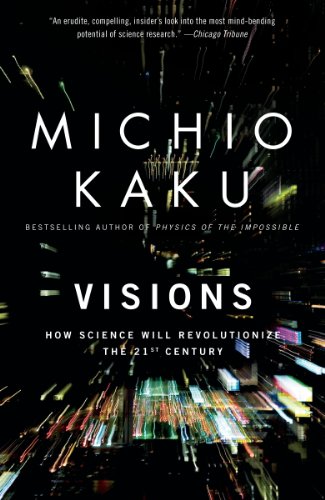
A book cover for Visions: How Science Will Revolutionize the 21st Century; Michio Kaku; Science & Math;